Punjab Mental Hospital Lahore 1922-31 - 1922-1931
Year: 1922
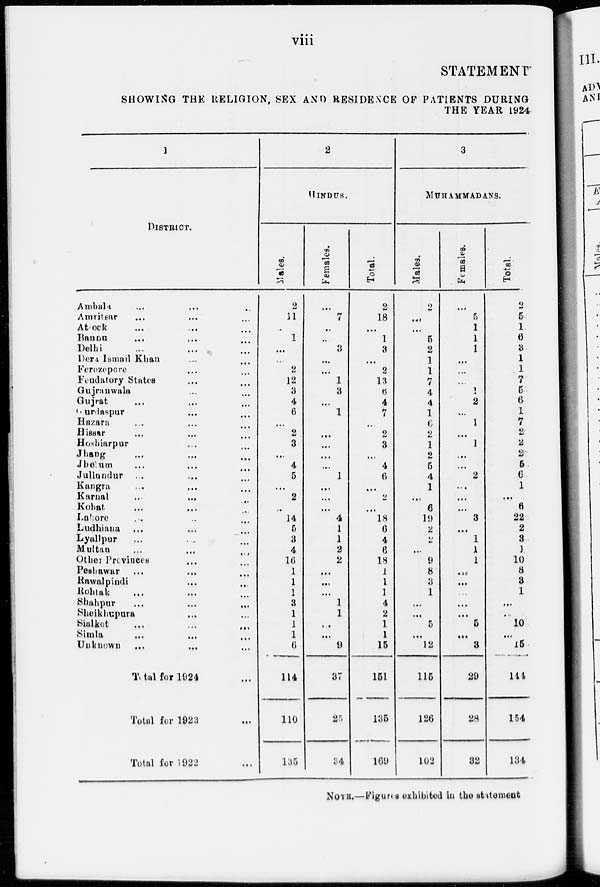
viii
STATEMENT
SHOWING THE RELIGION, SEX AND RESIDENCE OF PATIENTS DURING
THE YEAR 1924
1
DISTRICT.
Ambala ... ... ...
Amritsar ... ... ...
Attock
...
...
...
Bannu
...
...
...
Delhi ... ... ...
Dera Ismail Khan ... ...
Ferozepore ... ... ...
Feudatory States ... ...
Gujranwala ... ...
Gujrat ... ...
Gurdaspur ... ... ...
Hazara ... ... ...
Hisaar
...
...
...
Hoshiarpur ... ...
Jhang ... ...
Jhelum ... ... ...
Jullundur
...
...
...
Kangra ... ... ...
Karnal
...
...
...
Kohat ... ... ...
Lahore ... ... ...
Ludhiana ... ... ...
Lyallpur
... ... ...
Multan ... ... ...
Other Previnces ... ...
Peshawar ... ... ...
Rawalpindi ... ... ...
Rohtak ... ... ...
Shahpur ... ... ...
Sheikhupura ... ...
Sialkot ... ... ...
Simla
...
...
...
Unknown ... ... ...
Total for 1924 ...
Total for 1923 ...
Total for 1922 ...
2
HINDUS.
Males.
2
11
...
1
...
...
2
12
3
4
6
...
2
3
...
4
5
...
2
...
14
5
3
4
16
1
1
1
3
1
1
1
6
114
110
135
Females.
...
7
...
...
3
...
...
1
3
...
1
...
...
...
...
1
...
...
...
4
1
1
2
2
...
...
...
1
1
...
...
9
37
25
34
Total.
2
18
...
1
3
...
2
13
6
4
7
...
2
3
...
4
6
...
2
...
18
6
4
6
18
1
1
1
4
2
1
1
15
151
135
169
3
MUHAMMADANS.
Males.
2
...
...
5
2
1
1
7
4
4
1
6
2
1
2
5
4
1
...
6
19
2
2
...
9
8
3
1
...
...
5
...
12
115
126
102
Females.
...
5
1
1
1
...
...
...
1
2
...
1
...
1
...
...
2
...
...
...
3
...
1
1
1
...
...
...
...
...
5
...
3
29
28
32
Total.
2
5
1
6
3
1
1
7
5
6
1
7
2
2
2
5
6
1
...
6
22
2
3
1
10
8
3
1
...
...
10
...
15
144
154
134
NOTE.—Figures exhibited in the statement